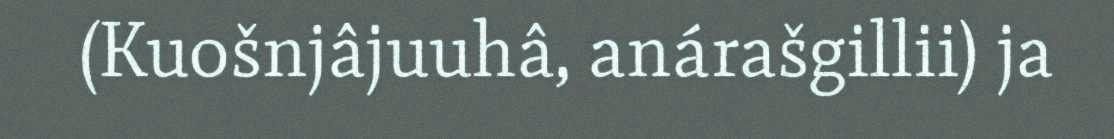
(Kuošnjâjuuhâ, anárašgillii) ja